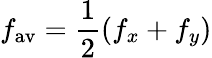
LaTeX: f_{\mathrm{av}}=\frac{1}{2}(f_{x}+f_{y})